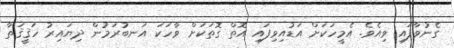
ގެނުވާފައި ވިއެވެ. އެމީހަކަށް އަޑުއިވިފައި އޮތް ގޮތަކަށް ވާހަކަ އަނބުރަމުން ދިޔައިރު ހަޤީޤަތާ